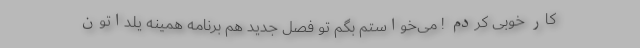
کار خوبی کردم ! می‌خواستم بگم تو فصل جدید هم برنامه همینه یلداتون